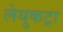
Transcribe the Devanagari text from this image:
लेयुकट्रा